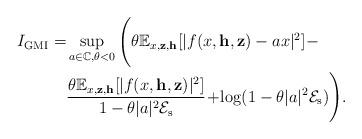
LaTeX: \begin{align*}I_{\mathrm{GMI}}=&\sup_{a\in\mathbb{C},\theta<0}\Bigg(\theta\mathbb{E}_{x,\mathbf{z},\mathbf{h}}[|f(x,\mathbf{h},\mathbf{z})-ax|^2]-\\&\frac{\theta\mathbb{E}_{x,\mathbf{z},\mathbf{h}}[|f(x,\mathbf{h},\mathbf{z})|^2]}{1-\theta|a|^2\mathcal{E}_\mathrm{s}}\!+\!\log(1-\theta|a|^2\mathcal{E}_\mathrm{s})\Bigg).\end{align*}